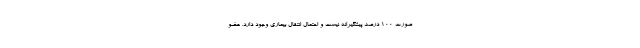
صورت ۱۰۰ درصد پیشگیرانه نیست و احتمال انتقال بیماری وجود دارد. عضو